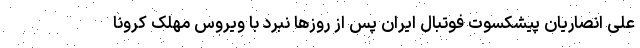
علی انصاریان پیشکسوت فوتبال ایران پس از روزها نبرد با ویروس مهلک کرونا